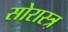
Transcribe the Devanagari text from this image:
सोरास्त्र